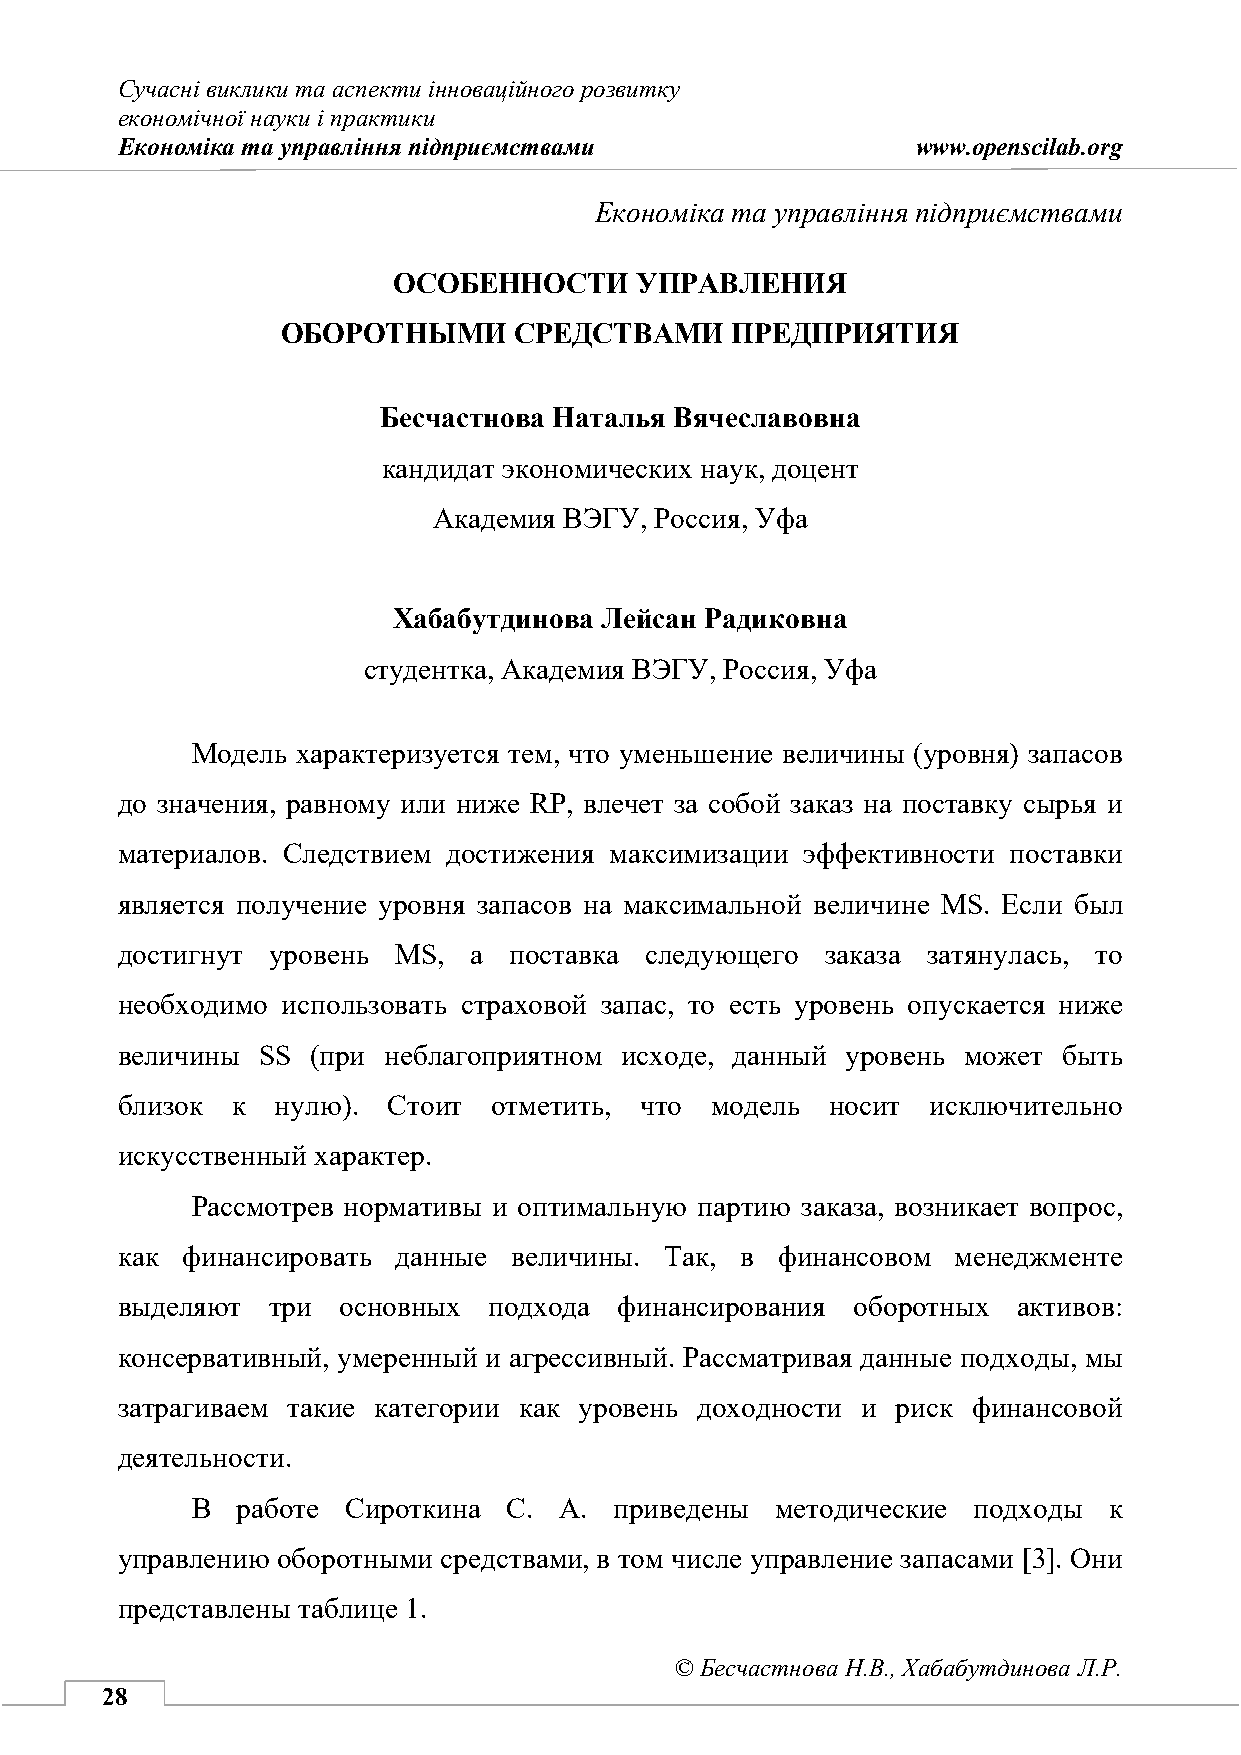
Сучасні виклики та аспекти інноваційного розвитку
 економічної науки і практики
 Економіка та управління підприємствами               www.openscilab.org
 Бесчастнова Н.В., Хабабутдинова Л.Р.
 Економіка та управління підприємствами
 ОСОБЕННОСТИ     УПРАВЛЕНИЯ
 ОБОРОТНЫМИ     СРЕДСТВАМИ    ПРЕДПРИЯТИЯ
 Бесчастнова Наталья Вячеславовна
 кандидат экономических наук, доцент
 Академия ВЭГУ, Россия, Уфа
 Хабабутдинова Лейсан Радиковна
 студентка, Академия ВЭГУ, Россия, Уфа
 Модель характеризуется тем, что уменьшение величины (уровня) запасов
 до значения, равному или ниже RP, влечет за собой заказ на поставку сырья и
 материалов. Следствием достижения максимизации эффективности поставки
 является получение уровня запасов на максимальной величине MS. Если был
 достигнут уровень MS,  а  поставка следующего  заказа затянулась, то
 необходимо использовать страховой запас, то есть уровень опускается ниже
 величины SS  (при неблагоприятном исходе, данный уровень может быть
 близок к  нулю).  Стоит  отметить, что модель  носит  исключительно
 искусственный характер.
 Рассмотрев нормативы и оптимальную партию заказа, возникает вопрос,
 как финансировать данные  величины. Так, в  финансовом менеджменте
 выделяют  три основных  подхода  финансирования оборотных  активов:
 консервативный, умеренный и агрессивный. Рассматривая данные подходы, мы
 затрагиваем такие категории как уровень доходности и риск финансовой
 деятельности.
 В  работе Сироткина  С. А.  приведены методические подходы  к
 управлению оборотными средствами, в том числе управление запасами [3]. Они
 представлены таблице 1.
 © Бесчастнова Н.В., Хабабутдинова Л.Р.
 28